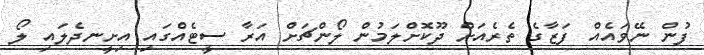
ފުން ނޭވައެއް ފަޒާގެ ތެރެއަށް ދޫކޮށްލަމުން ލޯންޗަށް އަރާ ސީޓެއްގައި އިށީނދެލައި ލޯ